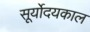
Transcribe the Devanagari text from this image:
सूर्योदयकाल